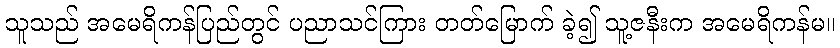
သူသည် အမေရိကန်ပြည်တွင် ပညာသင်ကြား တတ်မြောက် ခဲ့၍ သူ့ဇနီးက အမေရိကန်မ။